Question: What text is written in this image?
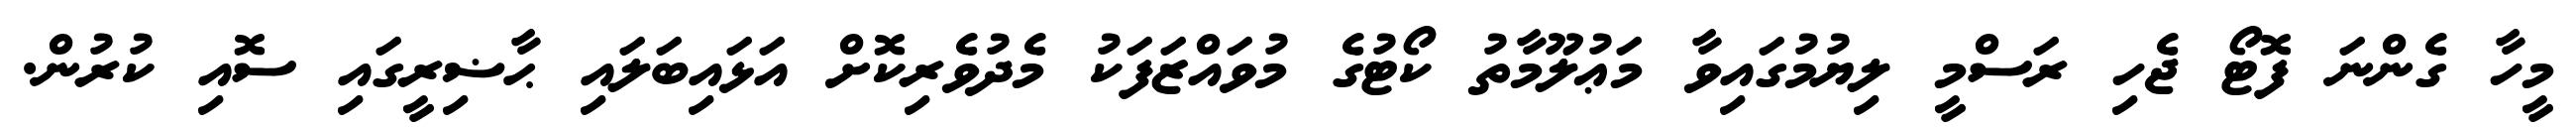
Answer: މީހާ ގެންނަ ފޮޓޯ ޖެހި ރަސްމީ ލިޔުމުގައިވާ މަޢުލޫމާތު ކޯޓުގެ މުވައްޒަފަކު މެދުވެރިކޮށް އަޅައިބަލައި ޙާޟިރީގައި ސޮއި ކުރުން.